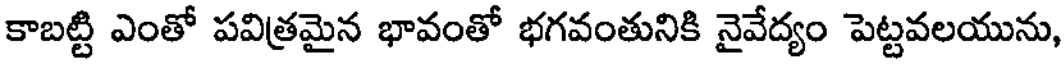
కాబట్టి ఎంతో పవిత్రమైన భావంతో భగవంతునికి నైవేద్యం పెట్టవలయును,